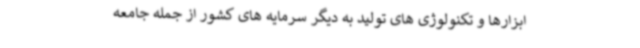
ابزارها و تکنولوژی های تولید به دیگر سرمایه های کشور از جمله جامعه